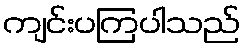
ကျင်းပကြပါသည်